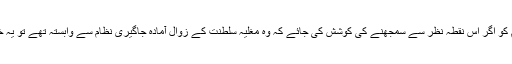
مثلاً غالب کے کلام کو اگر اس نقطۂ نظر سے سمجھنے کی کوشش کی جائے کہ وہ مغلیہ سلطنت کے زوال آمادہ جاگیری نظام سے وابستہ تھے تو یہ خیال یک طرفہ ہے۔